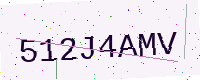
Text: 512J4AMV